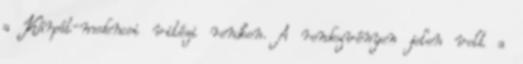
a Kárpát-medencei vitézi rendben. A rendezvényen jelen volt a